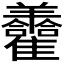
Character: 𦏮